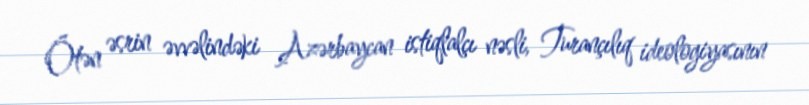
Ötən əsrin əvvəlindəki Azərbaycan istiqlalçı nəsli, Turançılıq ideologiyasının